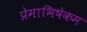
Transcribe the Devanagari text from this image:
प्रेमाभिषेकम